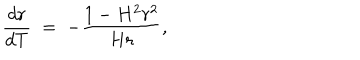
\frac { d r } { d T } \; = \; - \frac { 1 - H ^ { 2 } r ^ { 2 } } { H r } ,